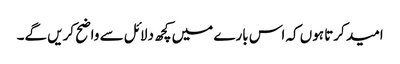
امید کرتا ہوں کہ اس بارے میں کچھ دلائل سے واضح کریں گے۔